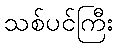
သစ်ပင်ကြီး